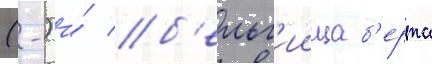
(-) и́ б'ельг'иица б'ерта